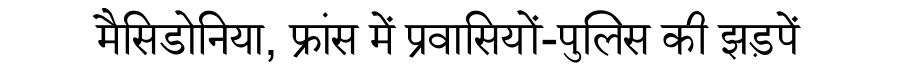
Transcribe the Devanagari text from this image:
मैसिडोनिया, फ्रांस में प्रवासियों-पुलिस की झड़पें